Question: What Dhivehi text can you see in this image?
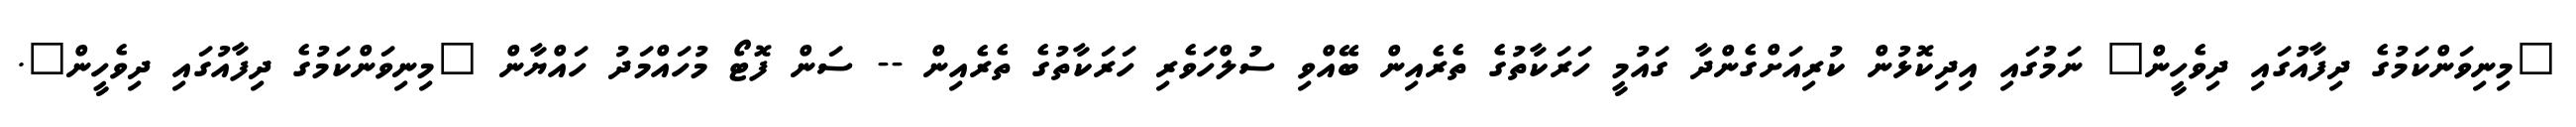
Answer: "މިނިވަންކަމުގެ ދިފާއުގައި ދިވެހީން" ނަމުގައި އިދިކޮޅުން ކުރިއަށްގެންދާ ގައުމީ ހަރަކާތުގެ ތެރެއިން ބޭއްވި ސުލްހަވެރި ހަރަކާތުގެ ތެރެއިން -- ސަން ފޮޓޯ މުހައްމަދު ހައްޔާން "މިނިވަންކަމުގެ ދިފާއުގައި ދިވެހީން".